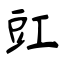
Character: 豇